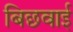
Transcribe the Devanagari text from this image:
बिछवाई